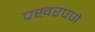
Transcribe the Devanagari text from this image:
प्रखरपणे